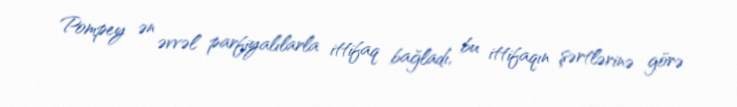
Pompey ən əvvəl parfiyalılarla ittifaq bağladı, bu ittifaqın şərtlərinə görə